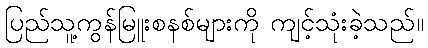
ပြည်သူ့ကွန်မြူးစနစ်များကို ကျင့်သုံးခဲ့သည်။